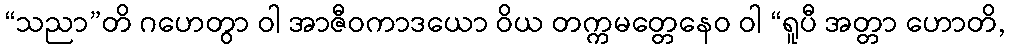
“သညာ”တိ ဂဟေတွာ ဝါ အာဇီဝကာဒယော ဝိယ တက္ကမတ္တေနေဝ ဝါ “ရူပီ အတ္တာ ဟောတိ,